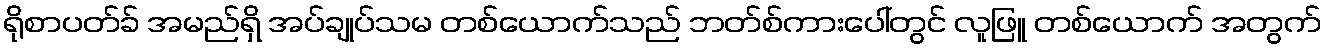
ရိုစာပတ်ခ် အမည်ရှိ အပ်ချုပ်သမ တစ်ယောက်သည် ဘတ်စ်ကားပေါ်တွင် လူဖြူ တစ်ယောက် အတွက်